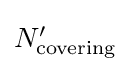
{\textstyle N'_{\text{covering}}}